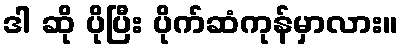
ဒါ ဆို ပိုပြီး ပိုက်ဆံကုန်မှာလား။